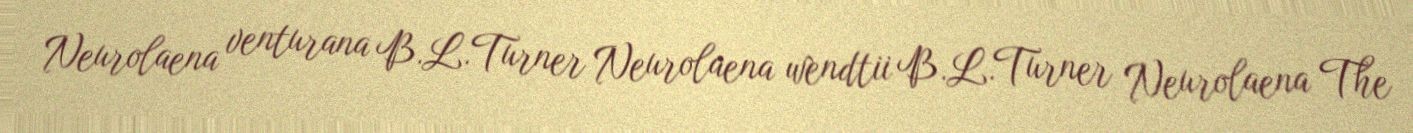
Neurolaena venturana B.L.Turner Neurolaena wendtii B.L.Turner Neurolaena The